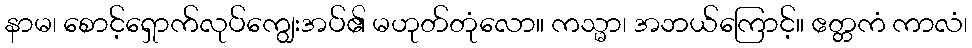
နာမ၊ စောင့်ရှောက်လုပ်ကျွေးအပ်၏ မဟုတ်တုံလော။ ကသ္မာ၊ အဘယ်ကြောင့်။ ဧတ္တကံ ကာလံ၊